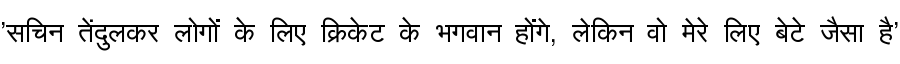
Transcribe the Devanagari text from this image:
'सचिन तेंदुलकर लोगों के लिए क्रिकेट के भगवान होंगे, लेकिन वो मेरे लिए बेटे जैसा है'